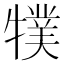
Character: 㹒